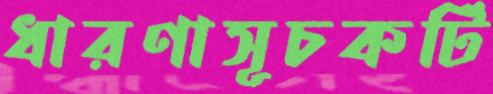
ধারণাসূচকটি